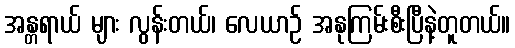
အန္တရာယ် များ လွန်းတယ်၊ လေယာဉ် အနုကြမ်းစီးပြီနဲ့တူတယ်။